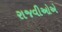
રાજવીઓએ